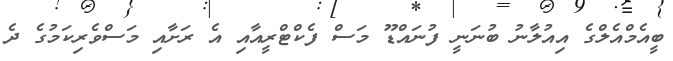
ބީއެމްއެލްގެ އިއުލާނު ބުނަނީ ފުނައްޑޫ މަސް ފެކްޓްރީއާއި އެ ރަށާއި މަސްވެރިކަމުގެ ދެ